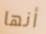
أنها